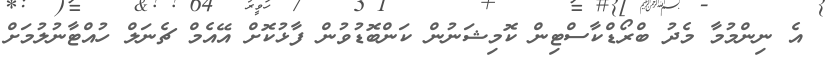
އެ ނިންމުމާ މެދު ބްރޯޑްކާސްޓިން ކޮމިޝަނުން ކަންބޮޑުވުން ފާޅުކޮށް އޭއެމް ޗެނަލް ހުއްޓާނުލުމަށް